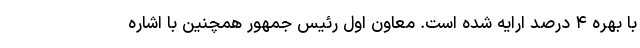
با بهره ۴ درصد ارایه شده است. معاون اول رئیس جمهور همچنین با اشاره